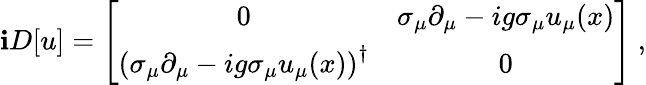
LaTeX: \mathbf{i}D[u]=\left[\begin{array}{cc}{{0}}&{{\sigma_{\mu}\partial_{\mu}-ig\sigma_{\mu}u_{\mu}(x)}}\\ {{\left(\sigma_{\mu}\partial_{\mu}-ig\sigma_{\mu}u_{\mu}(x)\right)^{\dagger}}}&{{0}}\end{array}\right]\ ,